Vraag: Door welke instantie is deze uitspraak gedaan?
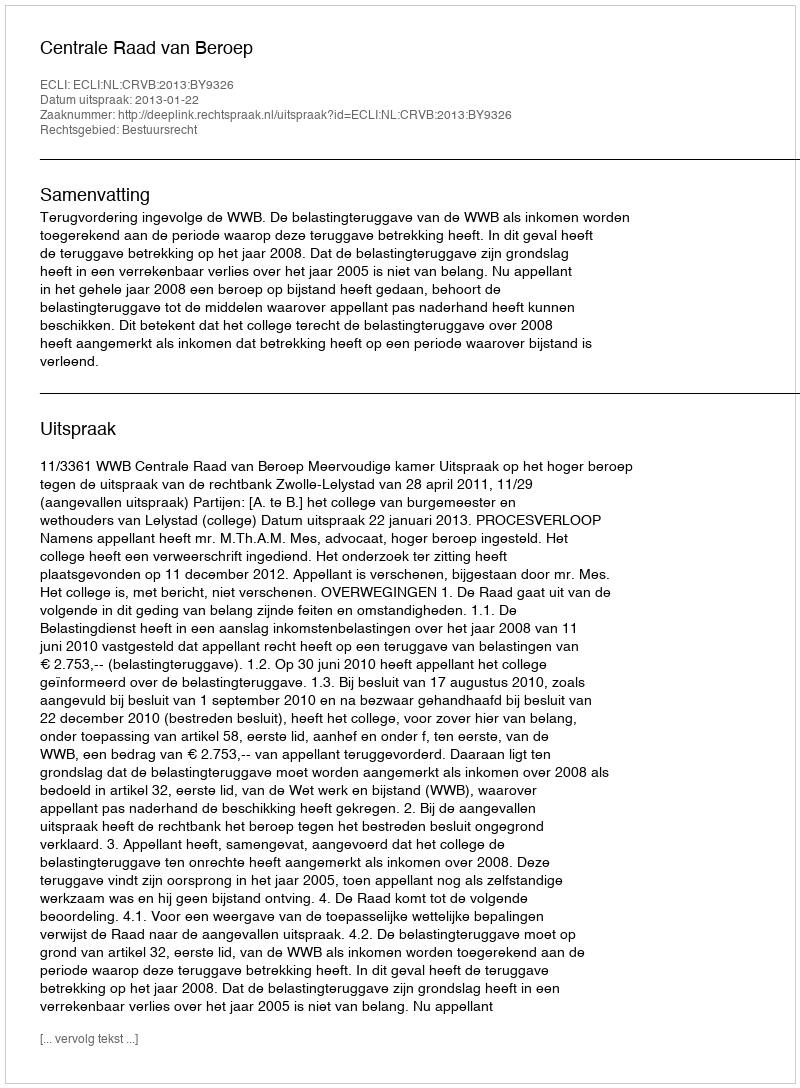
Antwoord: Centrale Raad van Beroep